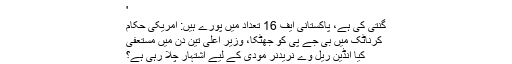
'
گنتی کی ہے، پاکستانی ایف 16 تعداد میں پورے ہیں: امریکی حکام
کرناٹک میں بی جے پی کو جھٹکا، وزیر اعلی تین دن میں مستعفی
کیا انڈین ریل وے نریدنر مودی کے لیے اشتہار چلا رہی ہے؟